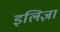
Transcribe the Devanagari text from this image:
इलिज़ा